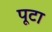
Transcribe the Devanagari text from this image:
पूटा